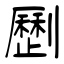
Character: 𠠝